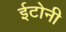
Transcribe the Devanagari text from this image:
ईटोनी